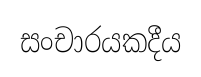
සංචාරයකදීය